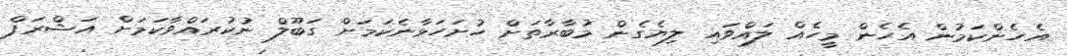
އެހެންކަމުން އެހެން މީހެއް ލައްވައި ލިޔެގެން މުބާރާތަށް ހުށަހަޅާނެކަމަށް ގަބޫލް ނުކުރައްވާކަމަށް އަޝްރަފް